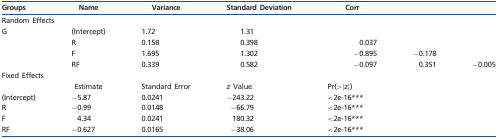
| Groups | Name | Variance | Standard Deviation | Corr |  |  |
 | --- | --- | --- | --- | --- | --- | --- |
 | <COLSPAN=7> Random Effects |
 | G | (Intercept) | 1.72 | 1.31 |  |  |  |
 |  | R | 0.158 | 0.398 | 0.037 |  |  |
 |  | F | 1.695 | 1.302 | −0.895 | −0.178 |  |
 |  | RF | 0.339 | 0.582 | −0.097 | 0.351 | −0.005 |
 | <COLSPAN=7> Fixed Effects |
 |  | Estimate | Standard Error | z Value | Pr(>|z|) |  |  |
 | (Intercept) | −5.87 | 0.0241 | −243.22 | <2e-16*** |  |  |
 | R | −0.99 | 0.0148 | −66.79 | <2e-16*** |  |  |
 | F | 4.34 | 0.0241 | 180.32 | <2e-16*** |  |  |
 | RF | −0.627 | 0.0165 | −38.06 | <2e-16*** |  |  |